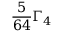
\frac { 5 } { 6 4 } \Gamma _ { 4 }